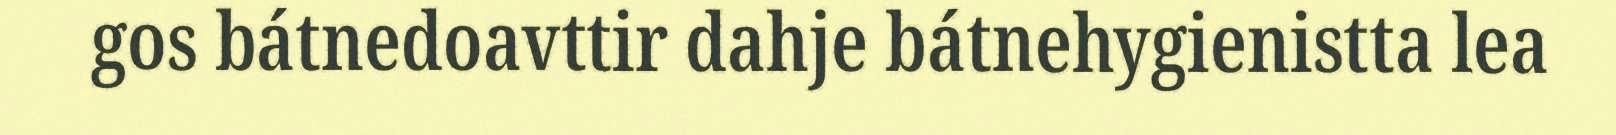
gos bátnedoavttir dahje bátnehygienistta lea